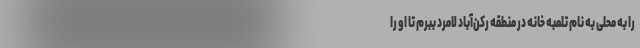
را به محلی به نام تلمبه خانه در منطقه رکن‌آباد لامرد ببرم تا او را